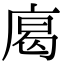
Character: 𢉥